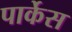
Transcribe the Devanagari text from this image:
पार्केस